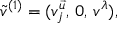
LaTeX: \tilde { v } ^ { ( 1 ) } = ( v _ { j } ^ { \vec { u } } , \, 0 , \, v ^ { \lambda } ) ,